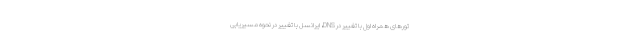
تورهای همراه اول با تغییر در DNS، ایرانسل با تغییر در نحوه مسیریابی